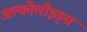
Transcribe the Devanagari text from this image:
अल्कोलौइड्स